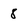
Character: 8